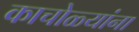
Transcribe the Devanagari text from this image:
काचोळ्यांना